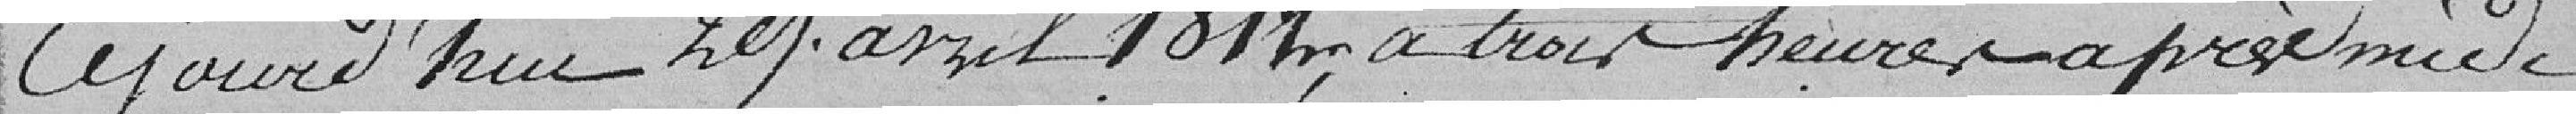
Aujourd'hui 29 avril 1812, à trois heures après-midi